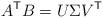
LaTeX: \begin{align*}A^\mathsf{T} B = U\Sigma V^\mathsf{T}\end{align*}